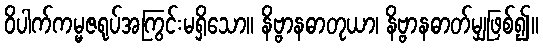
ဝိပါက်ကမ္မဇရုပ်အကြွင်းမရှိသော။ နိဗ္ဗာနဓာတုယာ၊ နိဗ္ဗာနဓာတ်မျှဖြစ်၍။